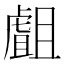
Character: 𧇣